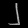
Digit: ၂